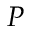
P